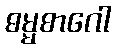
ဓမ္မစာဂေါ